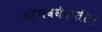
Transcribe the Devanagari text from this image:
अर्थववेदातील